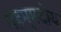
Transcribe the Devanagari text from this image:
महम्मदीय